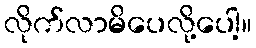
လိုက်လာမိပေလို့ပေါ့။